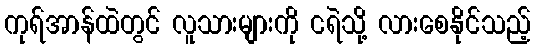
ကုရ်အာန်ထဲတွင် လူသားများကို ငရဲသို့ လားစေနိုင်သည့်